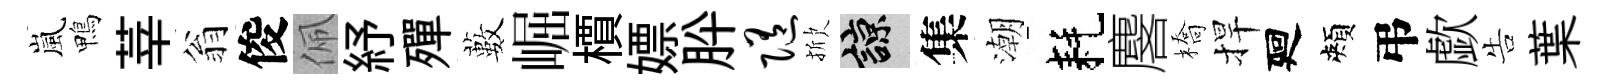
嵐鴨莘翁俊佩紓殫藪崛檟嫖肸随掀諒集潮耗麐橋捍廻頰弔歔告葉